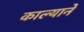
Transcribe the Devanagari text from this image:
काल्याने